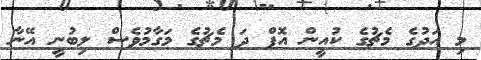
މި އަދުގެ މެޗުގެ ކުއީން އޮފް ދަ މެޗުގެ މަގާމުވެސް ލިބުނީ އޭނާ